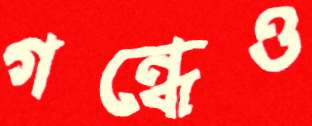
গন্ধেও